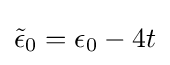
{\tilde {\epsilon }}_{0}=\epsilon _{0}-4t